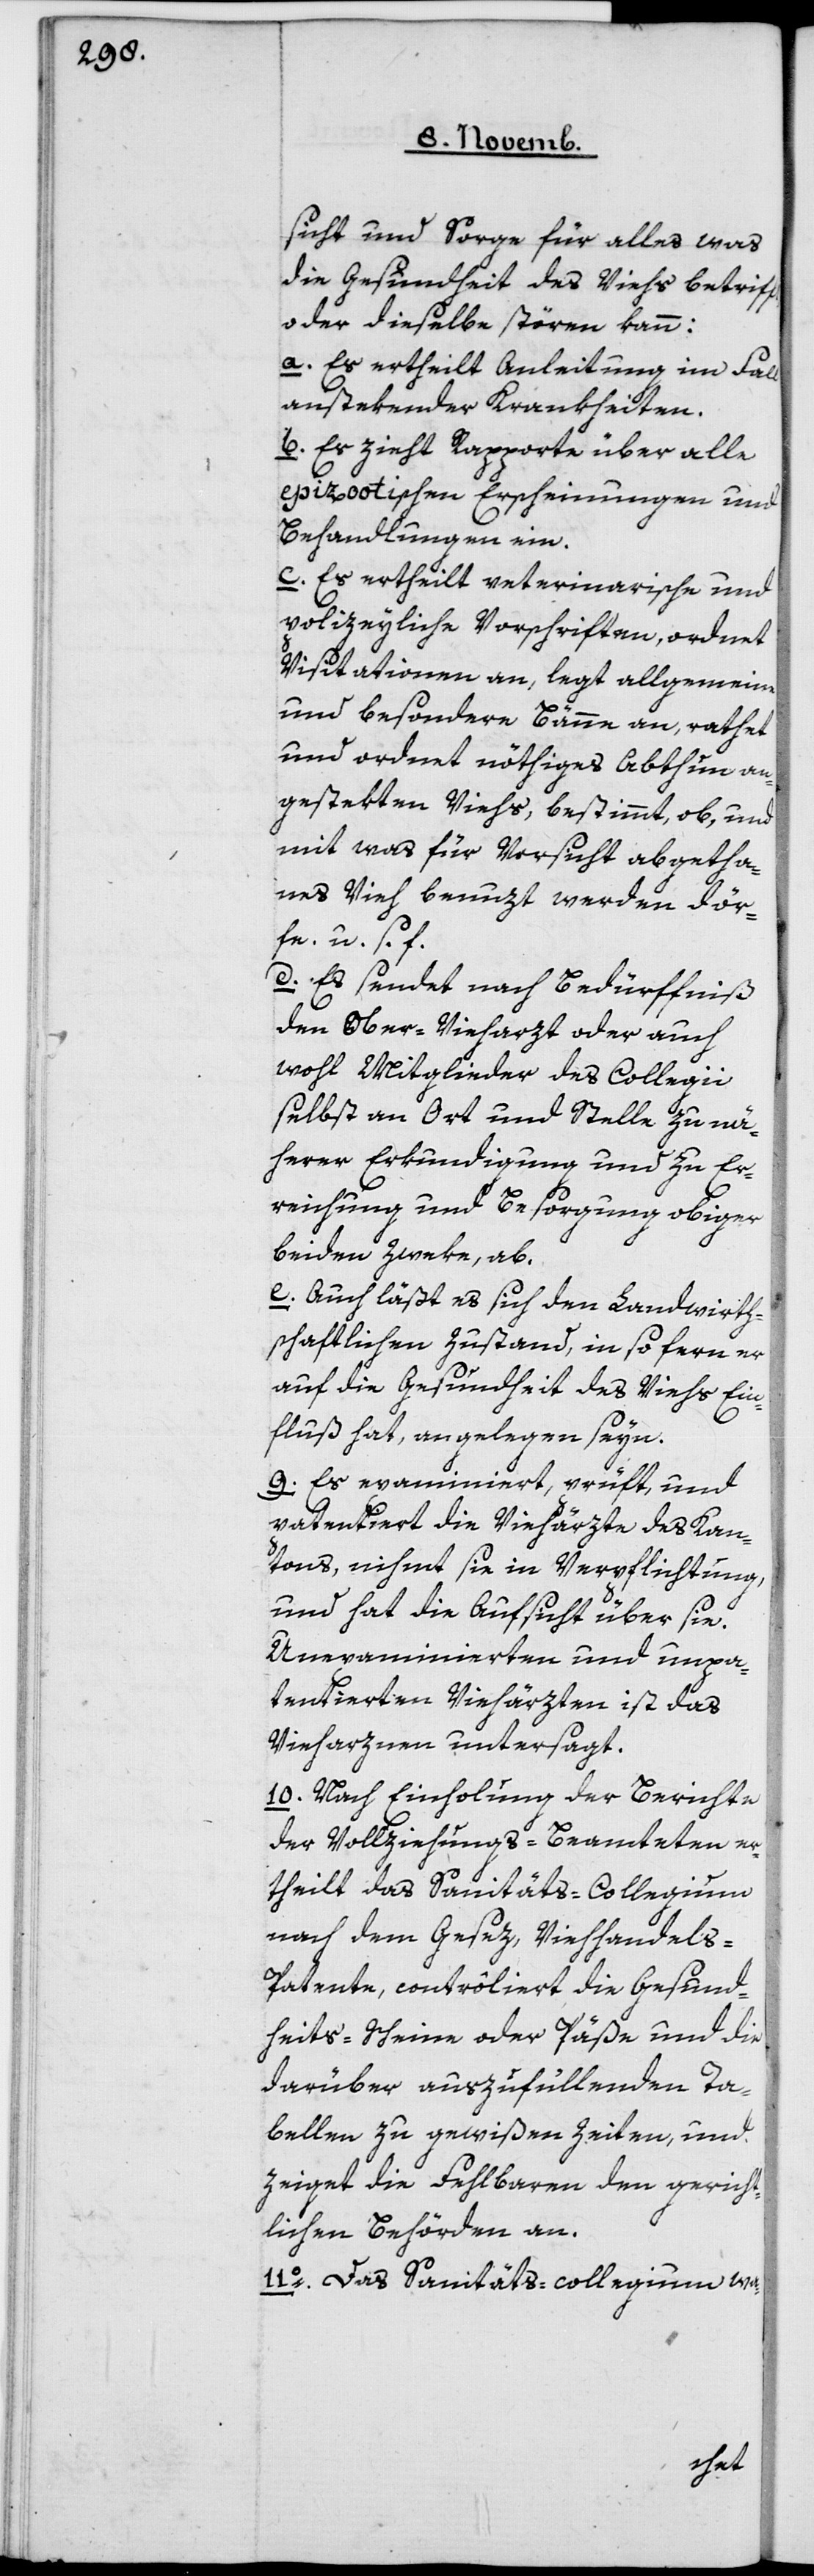
sicht und Sorge für alles, was
die Gesundheit des Viehs betrifft,
oder dieselbe stören kann:
a. Es ertheilt Anleitung im Fall
anstekender Krankheiten.
b. Es zieht Rapporte über alle
epizootischen Erscheinungen und
Behandlungen ein.
c. Es ertheilt veterinarische und
polizeyliche Vorschriften, ordnet
Visitationen an, legt allgemeine
und besondere Bänne an, rathet
und ordnet nöthiges Abthun an¬
gestekten Viehs, bestimmt ob und
mit was für Vorsicht abgetha¬
nes Vieh benuzt werden dör¬
fe u.s.f.
d. Es sendet nach Bedürfniß
den Ober-Vieharzt oder auch
wohl Mitglieder des Collegii
selbst an Ort und Stelle zu nä¬
herer Erkundigung und zu Er¬
reichung und Besorgung obiger
beiden Zweke, ab.
e. Auch läßt es sich den Landwirth¬
schaftlichen Zustand, insofern er
auf die Gesundheit des Viehs Ein¬
fluß hat, angelegen seyn.
9o Es examiniert, prüft, und
patentiert die Viehärzte des Kan¬
tons, nihmt sie in Verpflichtung,
und hat die Aufsicht über sie.
Unexaminierten und unpa¬
tentierten Viehärzten ist das
Vieharznen untersagt.
10o Nach Einholung der Berichte
der Vollziehungs-Beamteten er¬
theilt das Sanitäts-Collegium
nach dem Gesez, Viehhandels-P¬
atente, contrôliert die Gesund¬
heits-Scheine oder Päße und die
darüber auszufüllenden Ta¬
bellen zu gewißen Zeiten, und
zeiget die Fehlbaren den gericht¬
lichen Behörden an.
11o Das Sanitäts-collegium wa-